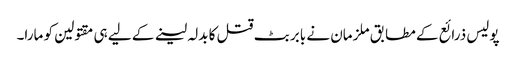
پولیس ذرائع کے مطابق ملزمان نے بابر بٹ قتل کا بدلہ لینے کے لیے ہی مقتولین کو مارا۔